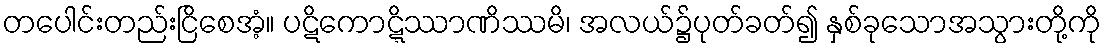
တပေါင်းတည်းငြိစေအံ့။ ပဋိကောဋ္ဋိဿာဏိဿမိ၊ အလယ်၌ပုတ်ခတ်၍ နှစ်ခုသောအသွားတို့ကို